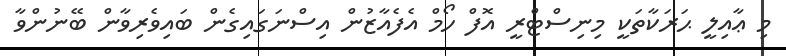
މި ޢާއިލީ ޙަރަކާތަކީ މިނިސްޓްރީ އޮފް ހޯމް އެފެއާޒުން އިސްނަގައިގެން ބައިވެރިވާން ބޭނުންވާ